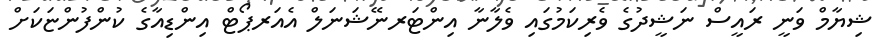
ޝިޔާމް ވަނީ ރައީސް ނަޝީދުގެ ވެރިކަމުގައި ވެލާނާ އިންޓަރނޭޝަނަލް އެއަރޕޯޓް އިންޑިއާގެ ކުންފުންޏަކަށް